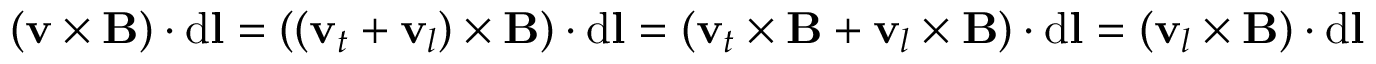
( \mathbf { v } \times \mathbf { B } ) \cdot \mathrm { d } \mathbf { l } = ( ( \mathbf { v } _ { t } + \mathbf { v } _ { l } ) \times \mathbf { B } ) \cdot \mathrm { d } \mathbf { l } = ( \mathbf { v } _ { t } \times \mathbf { B } + \mathbf { v } _ { l } \times \mathbf { B } ) \cdot \mathrm { d } \mathbf { l } = ( \mathbf { v } _ { l } \times \mathbf { B } ) \cdot \mathrm { d } \mathbf { l }